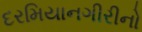
દરમિયાનગીરીનો